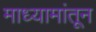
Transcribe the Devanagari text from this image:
माध्यामांतून